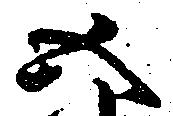
五